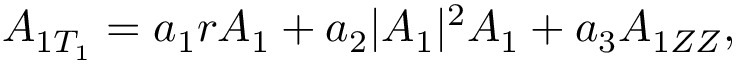
A _ { 1 T _ { 1 } } = a _ { 1 } r A _ { 1 } + a _ { 2 } | A _ { 1 } | ^ { 2 } A _ { 1 } + a _ { 3 } A _ { 1 Z Z } ,